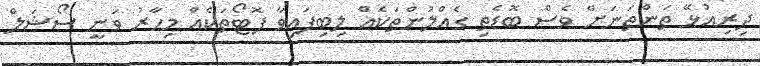
ދިރިއުޅޭ ތަންތަނަށް ވެސް ބޮޑެތި ގެއްލުންތަކެއް ލިބިފައިވާ ފޮޓޯތަކެއް މިހާރު ވަނީ ސޯޝަލް